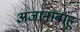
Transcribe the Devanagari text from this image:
अजानाबाहू